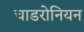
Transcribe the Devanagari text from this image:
चाडरोनियन